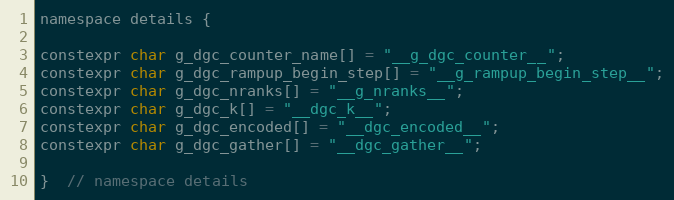
Language: C
namespace details {

constexpr char g_dgc_counter_name[] = "__g_dgc_counter__";
constexpr char g_dgc_rampup_begin_step[] = "__g_rampup_begin_step__";
constexpr char g_dgc_nranks[] = "__g_nranks__";
constexpr char g_dgc_k[] = "__dgc_k__";
constexpr char g_dgc_encoded[] = "__dgc_encoded__";
constexpr char g_dgc_gather[] = "__dgc_gather__";

}  // namespace details